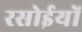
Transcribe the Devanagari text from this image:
रसोईयों